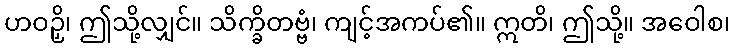
ဟဝဉှိ၊ ဤသို့လျှင်။ သိက္ခိတဗ္ဗံ၊ ကျင့်အကပ်၏။ ဣတိ၊ ဤသို့။ အဝေါစ၊